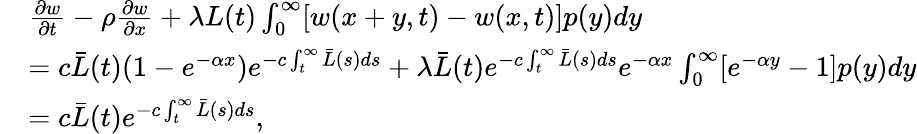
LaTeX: \begin{array}{rl}&{\frac{\partial w}{\partial t}-\rho\frac{\partial w}{\partial x}+\lambda L(t)\int_{0}^{\infty}[w(x+y,t)-w(x,t)]p(y)dy}\\ &{=c\bar{L}(t)(1-e^{-\alpha x})e^{-c\int_{t}^{\infty}\bar{L}(s)ds}+\lambda\bar{L}(t)e^{-c\int_{t}^{\infty}\bar{L}(s)ds}e^{-\alpha x}\int_{0}^{\infty}[e^{-\alpha y}-1]p(y)dy}\\ &{=c\bar{L}(t)e^{-c\int_{t}^{\infty}\bar{L}(s)ds},}\end{array}